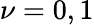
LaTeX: \nu=0,1